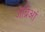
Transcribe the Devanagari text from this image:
जेब्रिआं